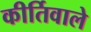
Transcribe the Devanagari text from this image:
कीर्तिवाले